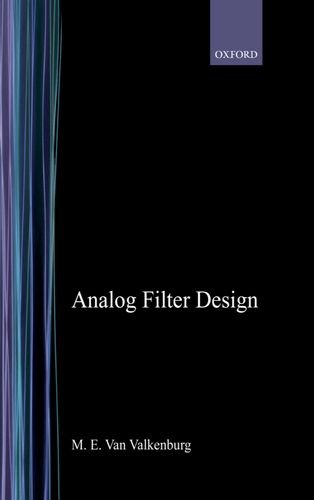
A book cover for Analog Filter Design (The Oxford Series in Electrical and Computer Engineering); M. E. Van Valkenburg; Engineering & Transportation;